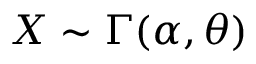
X \sim \Gamma ( \alpha , \theta )